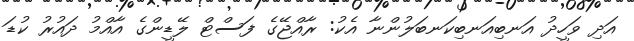
އަދި ވަހީދު އަނބިއަނބިކަނބަލުންނާ އެކު: ރާއްޖޭގެ ފަސްޓް ލޭޑީންގެ އާއްމު ދައުރު ކުޑަ